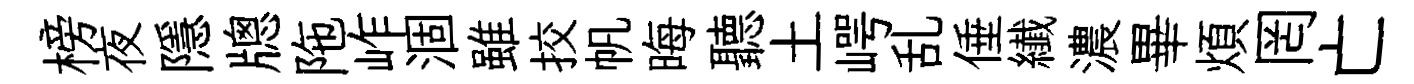
榜夜隱牕陁岞涸雖挍帆晦聽土崿乱倕纎濃畢煩罔亡